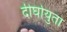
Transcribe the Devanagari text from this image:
दीर्घायुता